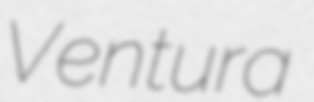
Ventura